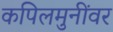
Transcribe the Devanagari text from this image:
कपिलमुनींवर